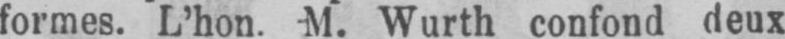
formes. L’hon. M. Wurth confond deux